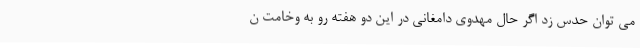
می توان حدس زد اگر حال مهدوی دامغانی در این دو هفته رو به وخامت ن